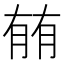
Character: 𰗈